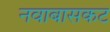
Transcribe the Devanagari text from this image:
नवाबासकट